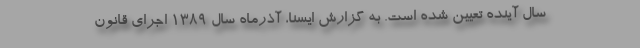
سال آینده تعیین شده است. به گزارش ایسنا، آذرماه سال ۱۳۸۹ اجرای قانون